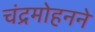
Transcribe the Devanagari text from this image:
चंद्रमोहनने